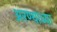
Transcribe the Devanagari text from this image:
अरण्यांच्या